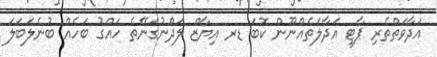
އަދާވަތްތެރި ޕާޓީ އަދާލަތެއްނޫން ކޮބަ ޑރ އިޔާޒް ލަދެެްނުގަނޭތެ ހައްގު ބަހެއް ބުނެލަބަލަ